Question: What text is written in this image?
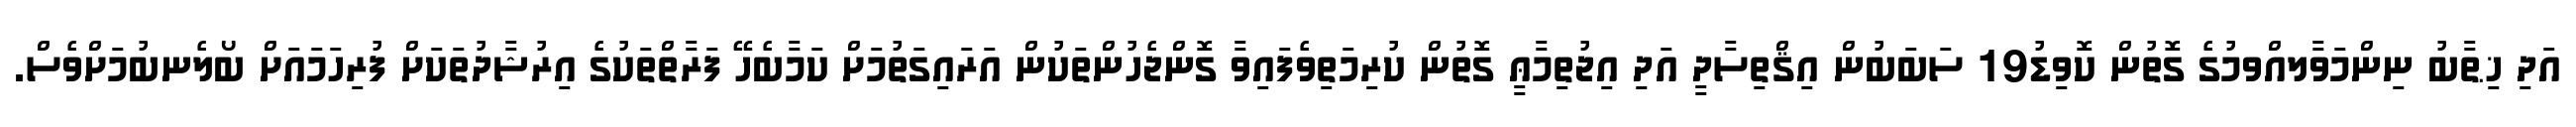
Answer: އަދި ޚިޠާބު ނިންމަވާލއްވމުގެ ގޮތުން ކޮވިޑު19 ސަބަބުން އިޤްތިސާދީ އަދި އިޖުތިމާޢީ ގޮތުން ކުރިމަތިވެފައިވާ ގޮންޖެހުންތަކުން އަރައިގަތުމަށް ކަމާބެހޭ ފަރާތްތަކުގެ އިރުޝާދުތަކަށް ފުރިހަމައަށް ބޯލެނބުމަށްވެސް.